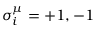
\sigma _ { i } ^ { \mu } = + 1 , - 1